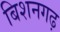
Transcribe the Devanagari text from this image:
बिशनगढ़